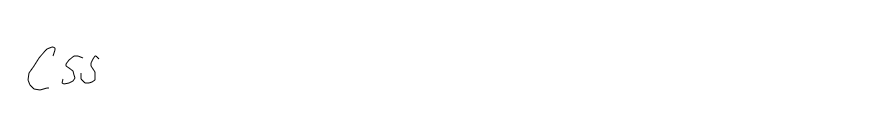
CSS